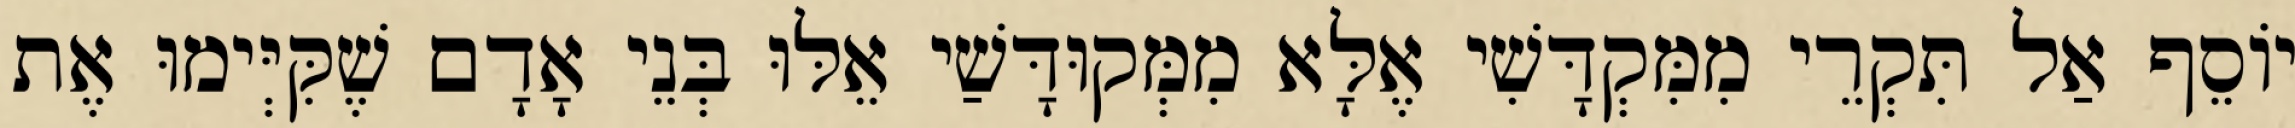
יוֹסֵף אַל תִּקְרֵי מִמִּקְדָּשִׁי אֶלָּא מִמְּקוּדָּשַׁי אֵלּוּ בְּנֵי אָדָם שֶׁקִּיְּימוּ אֶת